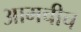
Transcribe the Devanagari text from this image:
आमचीच